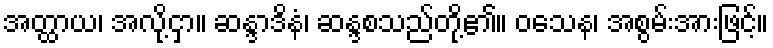
အတ္ထာယ၊ အလို့ငှာ။ ဆန္ဒာဒိနံ၊ ဆန္ဒစသည်တို့၏။ ဝသေန၊ အစွမ်းအားဖြင့်။